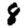
Digit: 8